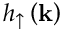
h _ { \uparrow } \left( \mathbf { k } \right)